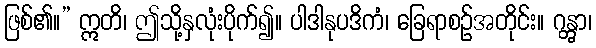
ဖြစ်၏။” ဣတိ၊ ဤသို့နှလုံးပိုက်၍။ ပါဒါနုပဒိကံ၊ ခြေရာစဉ်အတိုင်း။ ဂန္တွာ၊